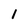
Character: 1